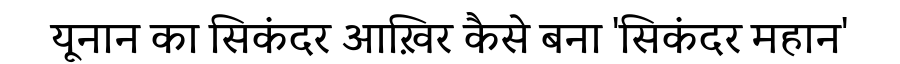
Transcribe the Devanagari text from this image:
यूनान का सिकंदर आख़िर कैसे बना 'सिकंदर महान'